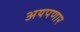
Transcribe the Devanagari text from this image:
अयपणार